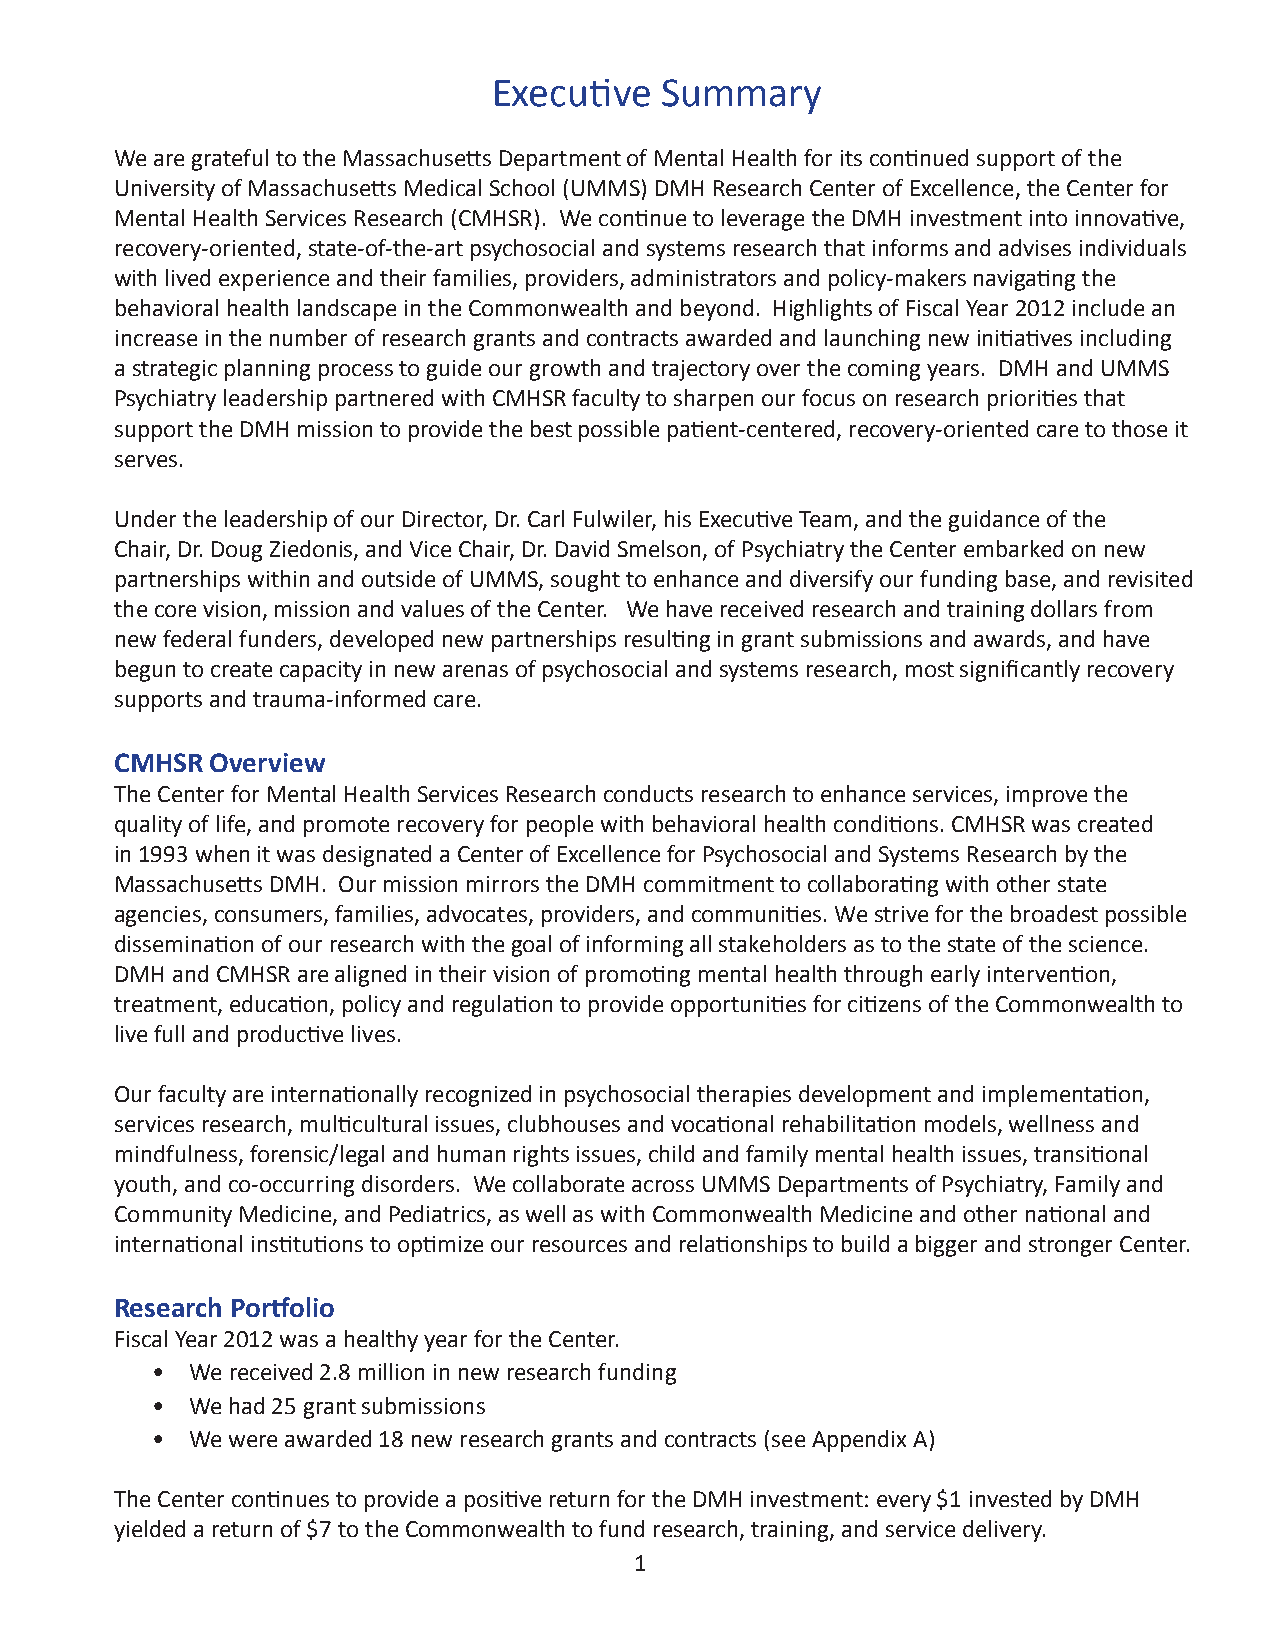
Executive  Summary
 We are grateful to the Massachusetts Department of Mental Health for its continued support of the
 University of Massachusetts Medical School (UMMS) DMH Research Center of Excellence, the Center for
 Mental Health Services Research (CMHSR). We continue to leverage the DMH investment into innovative,
 recovery-oriented, state-of-the-art psychosocial and systems research that informs and advises individuals
 with lived experience and their families, providers, administrators and policy-makers navigating the
 behavioral health landscape in the Commonwealth and beyond. Highlights of Fiscal Year 2012 include an
 increase in the number of research grants and contracts awarded and launching new initiatives including
 a strategic planning process to guide our growth and trajectory over the coming years. DMH and UMMS
 Psychiatry leadership partnered with CMHSR faculty to sharpen our focus on research priorities that
 support the DMH mission to provide the best possible patient-centered, recovery-oriented care to those it
 serves.
 Under the leadership of our Director, Dr. Carl Fulwiler, his Executive Team, and the guidance of the
 Chair, Dr. Doug Ziedonis, and Vice Chair, Dr. David Smelson, of Psychiatry the Center embarked on new
 partnerships within and outside of UMMS, sought to enhance and diversify our funding base, and revisited
 the core vision, mission and values of the Center. We have received research and training dollars from
 new federal funders, developed new partnerships resulting in grant submissions and awards, and have
 begun to create capacity in new arenas of psychosocial and systems research, most significantly recovery
 supports and trauma-informed care.
 CMHSR Overview
 The Center for Mental Health Services Research conducts research to enhance services, improve the
 quality of life, and promote recovery for people with behavioral health conditions. CMHSR was created
 in 1993 when it was designated a Center of Excellence for Psychosocial and Systems Research by the
 Massachusetts DMH. Our mission mirrors the DMH commitment to collaborating with other state
 agencies, consumers, families, advocates, providers, and communities. We strive for the broadest possible
 dissemination of our research with the goal of informing all stakeholders as to the state of the science.
 DMH and CMHSR are aligned in their vision of promoting mental health through early intervention,
 treatment, education, policy and regulation to provide opportunities for citizens of the Commonwealth to
 live full and productive lives.
 Our faculty are internationally recognized in psychosocial therapies development and implementation,
 services research, multicultural issues, clubhouses and vocational rehabilitation models, wellness and
 mindfulness, forensic/legal and human rights issues, child and family mental health issues, transitional
 youth, and co-occurring disorders. We collaborate across UMMS Departments of Psychiatry, Family and
 Community Medicine, and Pediatrics, as well as with Commonwealth Medicine and other national and
 international institutions to optimize our resources and relationships to build a bigger and stronger Center.
 Research Portfolio
 Fiscal Year 2012 was a healthy year for the Center.
 •  We received 2.8 million in new research funding
 •  We had 25 grant submissions
 •  We were awarded 18 new research grants and contracts (see Appendix A)
 The Center continues to provide a positive return for the DMH investment: every $1 invested by DMH
 yielded a return of $7 to the Commonwealth to fund research, training, and service delivery.
 1